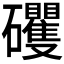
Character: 𱵄